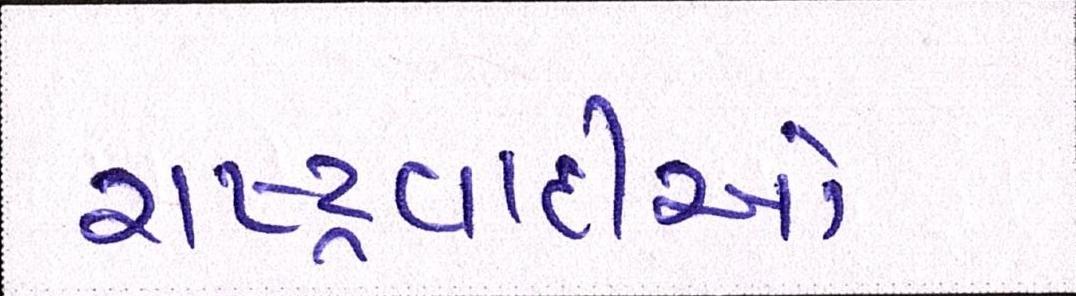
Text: રાષ્ટ્રવાદીઓ